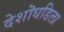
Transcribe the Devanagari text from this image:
देशॊधडिला